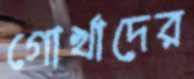
গোর্খাদের